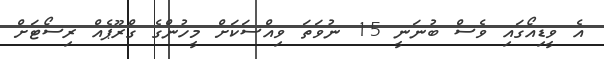
އެ ވީޑިއޯގައި ވެސް ބުނަނީ 15 ނުވަތަ ވިއްސަކަށް މީހުންގެ ގްރޫޕެއް ރިސޯޓަށް